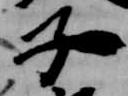
子